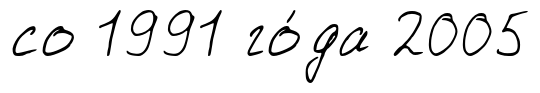
со 1991 го́да 2005